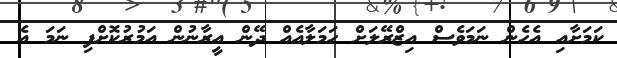
ކަމަށާއި އެހެން ނަމަވެސް އިޒްރޭލަށް ހަމަލާއެއް ދޭން އީރާނުން އަމުރުކޮށްފި ނަމަ އެ